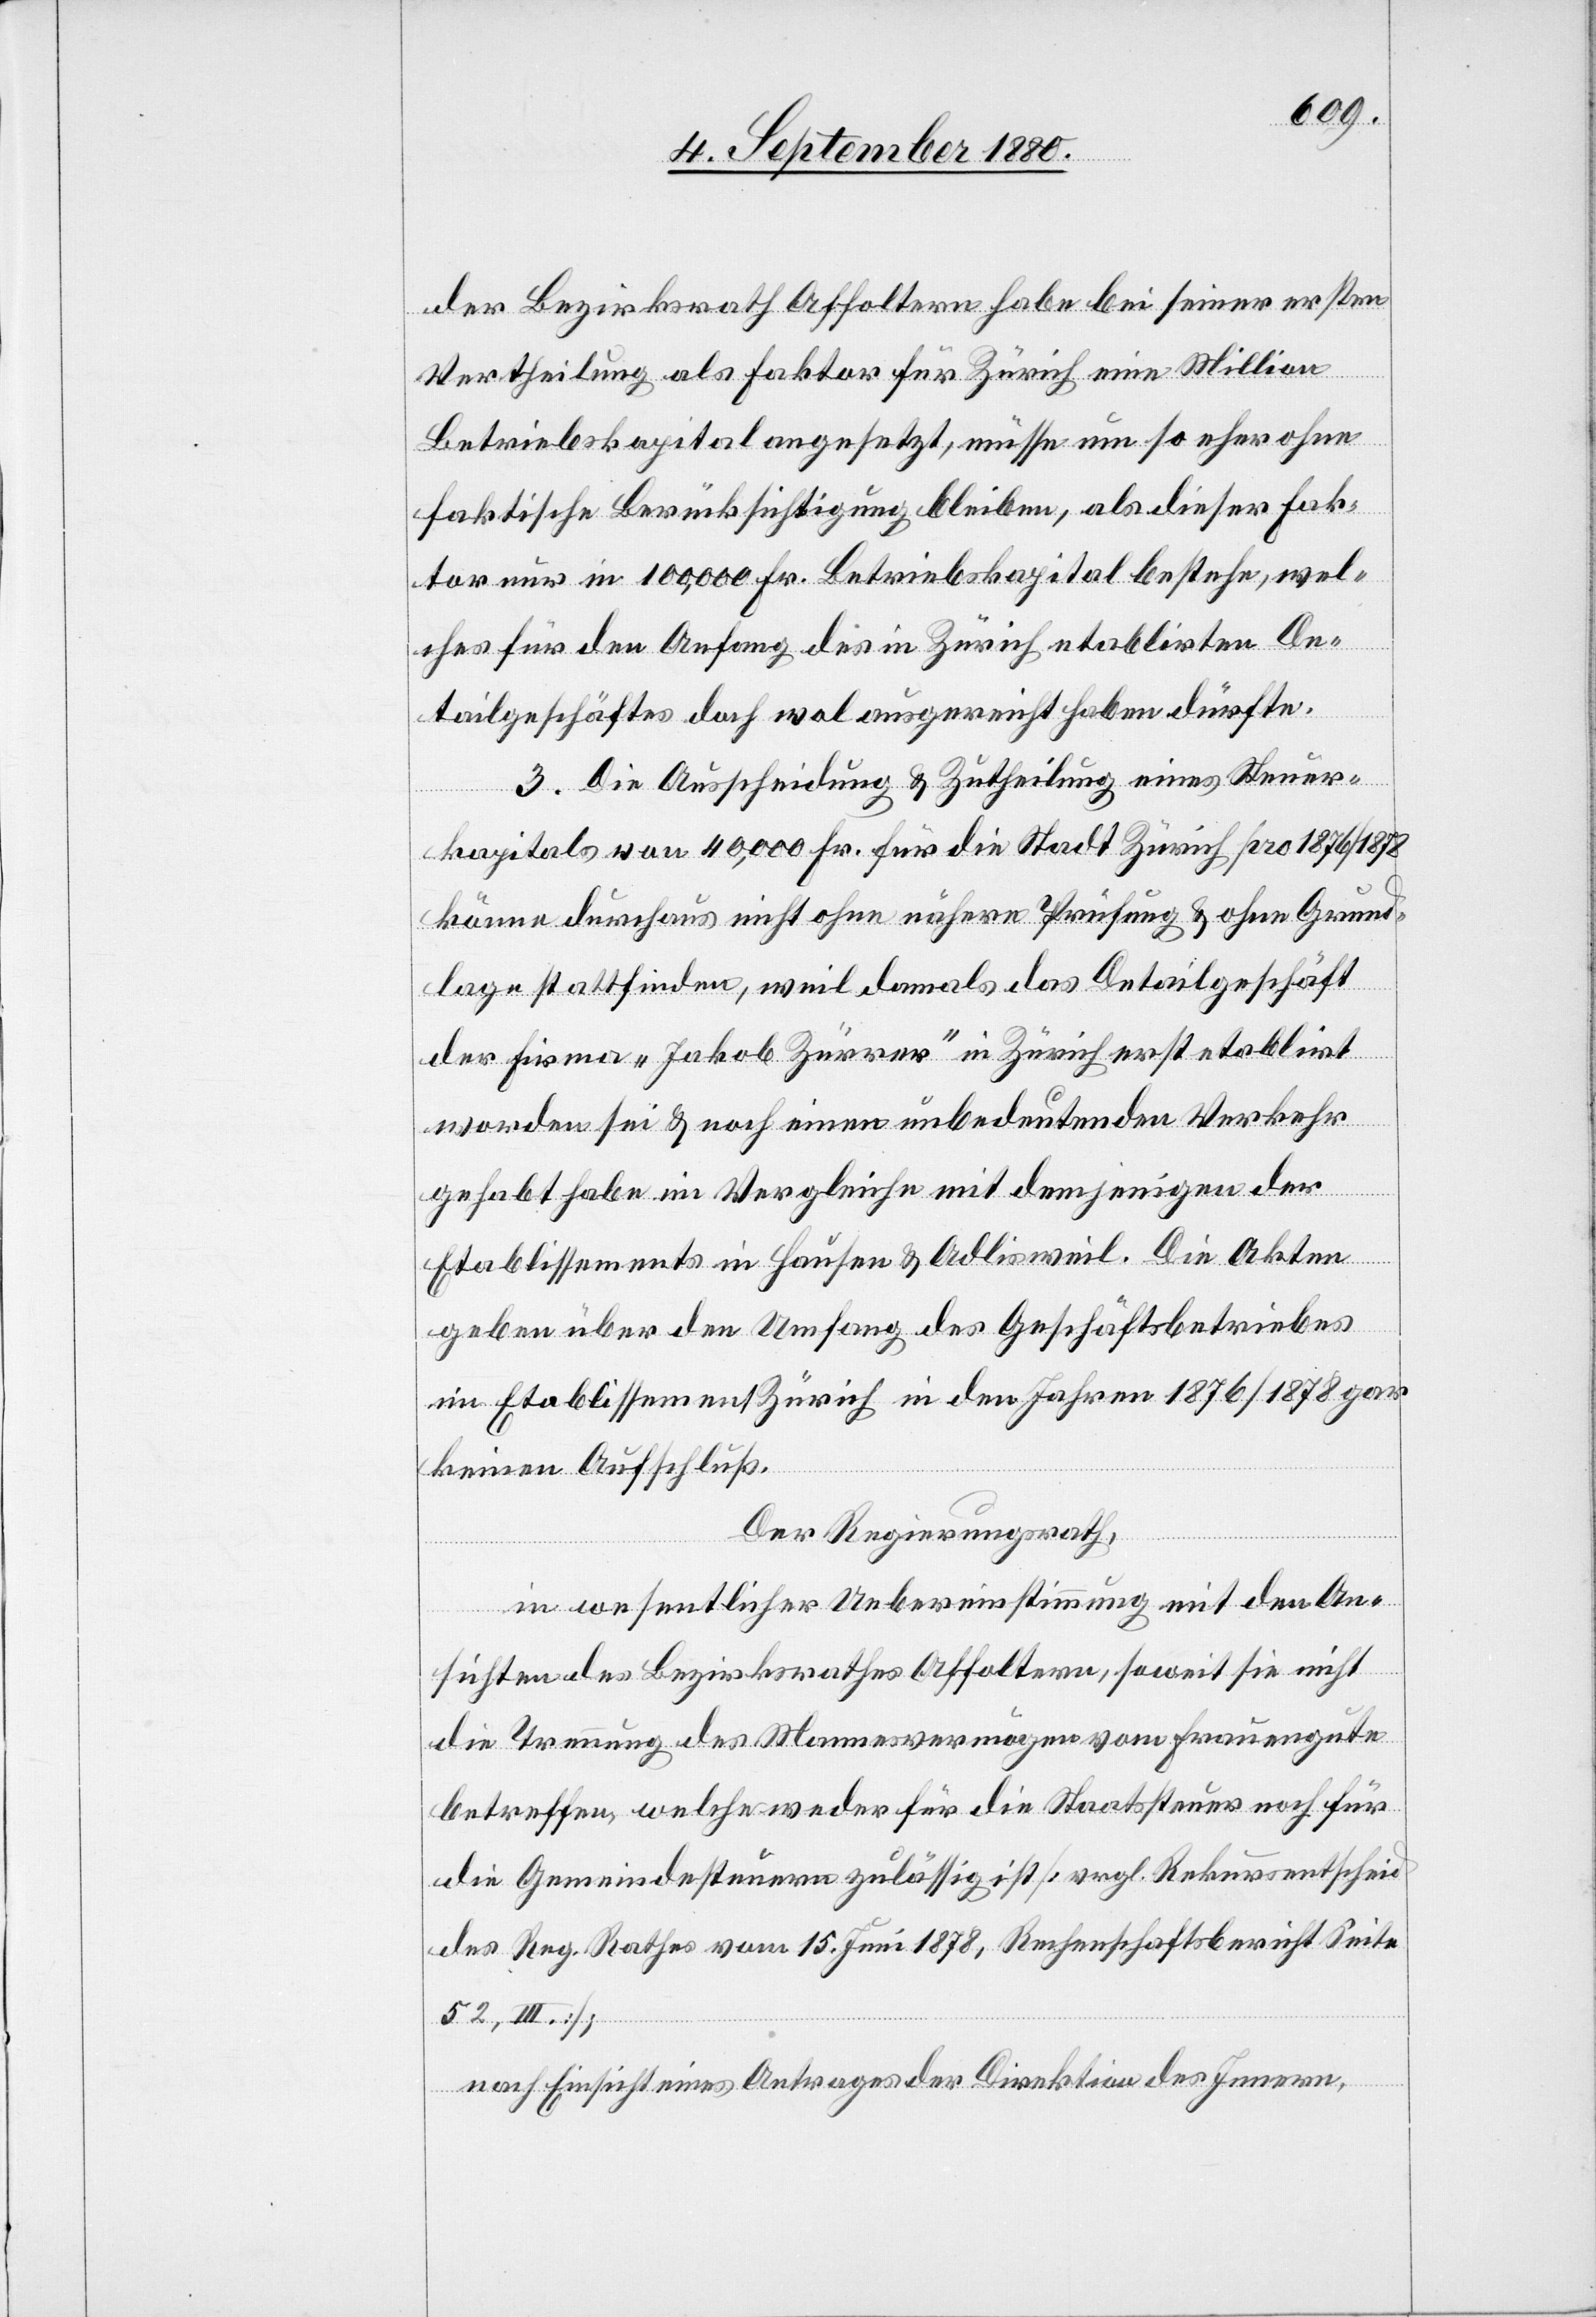
der Bezirksrath Affoltern habe bei seiner ersten
Vertheilung als Faktor für Zürich eine Million
Betriebskapital angesetzt, müsse um so eher ohne
faktische Berücksichtigung bleiben, als dieser Fak¬
tor nur in 100,000 Fr. Betriebskapital bestehe, wel¬
ches für den Anfang des in Zürich etablirten De¬
tailgeschäftes doch wol ausgereicht haben dürfte.
3. Die Ausscheidung & Zutheilung eines Steuer¬
kapitals von 40,000 Fr. für die Stadt Zürich pro 1876/1878
könne durchaus nicht ohne nähere Prüfung & ohne Grund¬
lage stattfinden, weil damals das Detailgeschäft
der Firma „Jakob Zürrer“ in Zürich erst etablirt
worden sei & noch einen unbedeutenden Verkehr
gehabt habe im Vergleiche mit demjenigen der
Etablissements in Hausen & Adlisweil. Die Akten
geben über den Umfang des Geschäftsbetriebes
im Etablissement Zürich in den Jahren 1876/1878 gar
keinen Aufschluß.
Der Regierungsrath,
in wesentlicher Uebereinstimmung mit den An¬
sichten des Bezirksrathes Affoltern, soweit sie nicht
die Trennung des Mannesvermögen vom Frauengute
betreffen, welches weder für die Staatssteuer noch für
die Gemeindesteuern zulässig ist [vrgl. Rekursentscheid
des Reg. Rathes vom 15. Juni 1878, Rechenschaftsbericht Seite
52, III.],
nach Einsicht eines Antrages der Direktion des Innern,